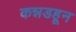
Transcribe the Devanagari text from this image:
कन्नडहून